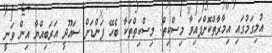
އުލިގަމުގައި އިމާރާތްކޮށްފައިވާ މިސްކިތް: މިސްކިތްތަކާ ބެހޭ ފަންޑަށް ސައޫދީ އަރަބިއްޔާ އިން ވަނީ